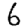
Digit: 6